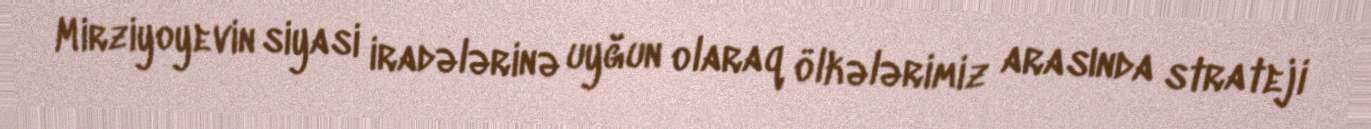
Mirziyoyevin siyasi iradələrinə uyğun olaraq ölkələrimiz arasında strateji